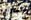
سيدي